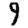
Digit: 9